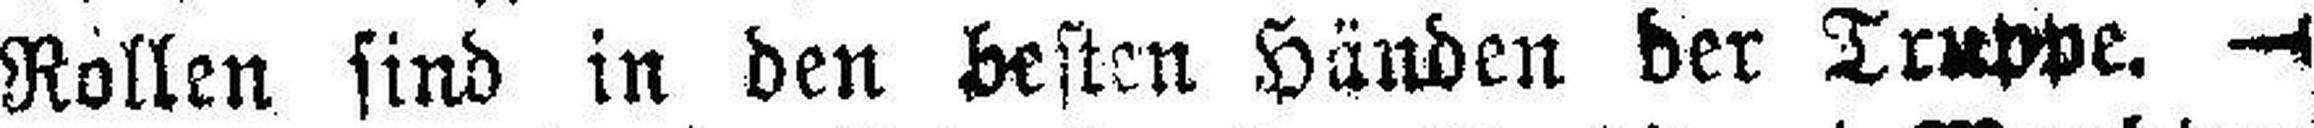
Rollen sind in den besten Händen der Truppe, —